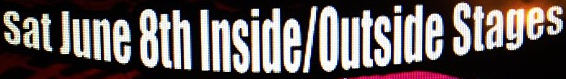
Sat June 8th Inside/Outside Stages